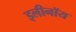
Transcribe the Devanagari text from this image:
इलीनॉय